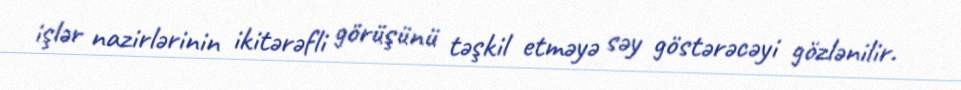
işlər nazirlərinin ikitərəfli görüşünü təşkil etməyə səy göstərəcəyi gözlənilir.